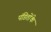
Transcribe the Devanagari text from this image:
पंडितोंके